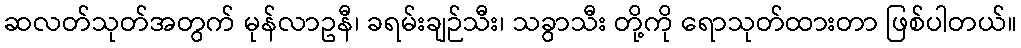
ဆလတ်သုတ်အတွက် မုန်လာဥနီ၊ ခရမ်းချဉ်သီး၊ သခွာသီး တို့ကို ရောသုတ်ထားတာ ဖြစ်ပါတယ်။